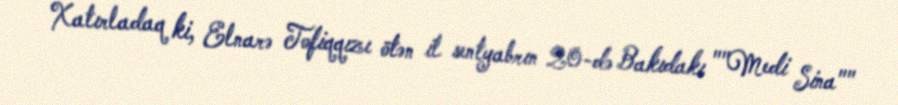
Xatırladaq ki, Elnarə Tofiqqızı ötən il sentyabrın 20-də Bakıdakı ""Medi Sina""